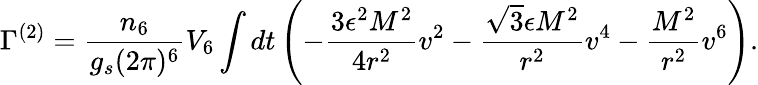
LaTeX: \Gamma^{(2)}=\frac{n_{6}}{g_{s}(2\pi)^{6}}V_{6}\int dt\left(-\frac{3\epsilon^{2}M^{2}}{4r^{2}}v^{2}-\frac{\sqrt{3}\epsilon M^{2}}{r^{2}}v^{4}-\frac{M^{2}}{r^{2}}v^{6}\right).